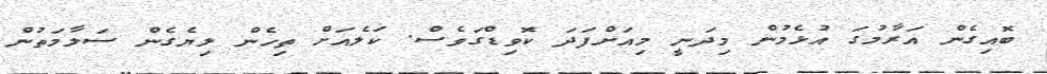
ބޮއިގެން އަރާމުގަ އުޅެމުން މިދަނީ މިއަށްފަދަ ކޮވިޑްގަވެސް. ކަލެއަށް ތިހެން ލިޔެގެން ސަލާމަތުން